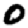
Digit: 0